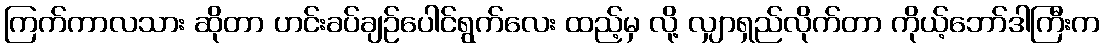
ကြက်ကာလသား ဆိုတာ ဟင်းခပ်ချဉ်ပေါင်ရွက်လေး ထည့်မှ လို့ လျှာရှည်လိုက်တာ ကိုယ့်ဘော်ဒါကြီးက